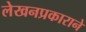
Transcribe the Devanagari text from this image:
लेखनप्रकाराने